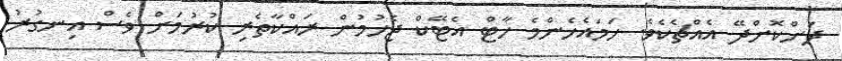
ދަށްކޮށްދޭ އެއްޗެކެވެ. ހަމައެހެންމެ ހާޓް އެޓޭކް ޖެހުމުން ރައްކާތެރި ކުރުމަށް ވެސް އިނގުރު